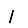
Digit: 1